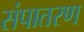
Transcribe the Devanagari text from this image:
संपातरण